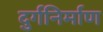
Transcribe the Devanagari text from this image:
दुर्गनिर्माण